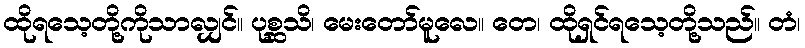
ထိုရသေ့တို့ကိုသာလျှင်။ ပုစ္ဆသိ၊ မေးတော်မူလေ။ တေ၊ ထိုရှင်ရသေ့တို့သည်။ တံ၊